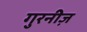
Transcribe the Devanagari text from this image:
गुरनीज़